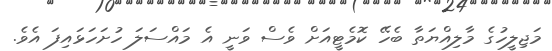
މަޖިލީހުގެ މާލިއްޔަތާ ބެހޭ ކޮމެޓީއަށް ވެސް ވަނީ އެ މައްސަލަ ހުށަހަޅައިފަ އެވެ.